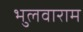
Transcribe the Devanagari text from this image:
भुलवाराम